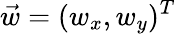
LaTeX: \vec{w}=(w_{x},w_{y})^{T}